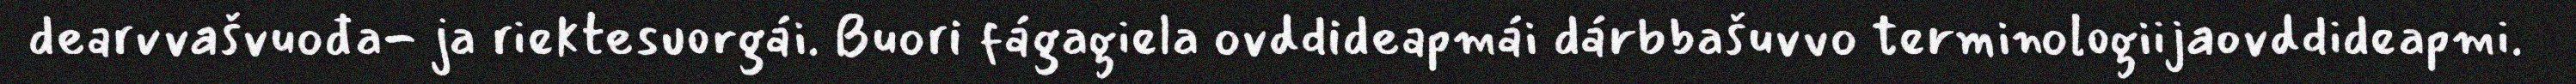
dearvvašvuođa- ja riektesuorgái. Buori fágagiela ovddideapmái dárbbašuvvo terminologiijaovddideapmi.